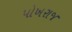
પોખરાજ